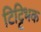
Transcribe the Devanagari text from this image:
टिट्टिभक